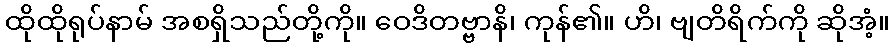
ထိုထိုရုပ်နာမ် အစရှိသည်တို့ကို။ ဝေဒိတဗ္ဗာနိ၊ ကုန်၏။ ဟိ၊ ဗျတိရိက်ကို ဆိုအံ့။